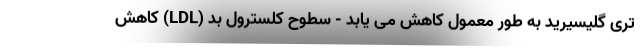
تری گلیسیرید به طور معمول کاهش می یابد - سطوح کلسترول بد (LDL) کاهش